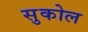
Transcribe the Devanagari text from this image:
सुकोल